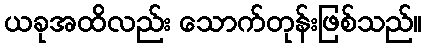
ယခုအထိလည်း သောက်တုန်းဖြစ်သည်။